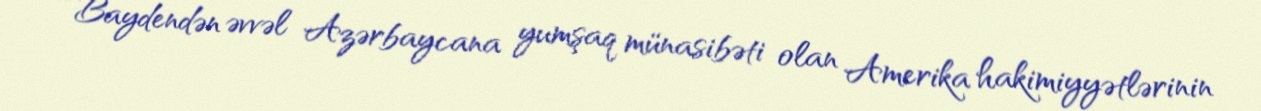
“Baydendən əvvəl Azərbaycana yumşaq münasibəti olan Amerika hakimiyyətlərinin